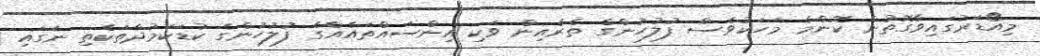
މިއޯޑަރުގައިވާގޮތުން ކޮންމެ މަހަކުވެސް ފުލުހުންގެ ތެރެއިން ވަކި އިންސައްތައެއްގެ ފުލުހުންގެ ކުޑަކަމުދާތަކެތި ނަގައި